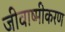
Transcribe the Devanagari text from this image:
जीवाष्मीकरण